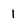
Character: 1